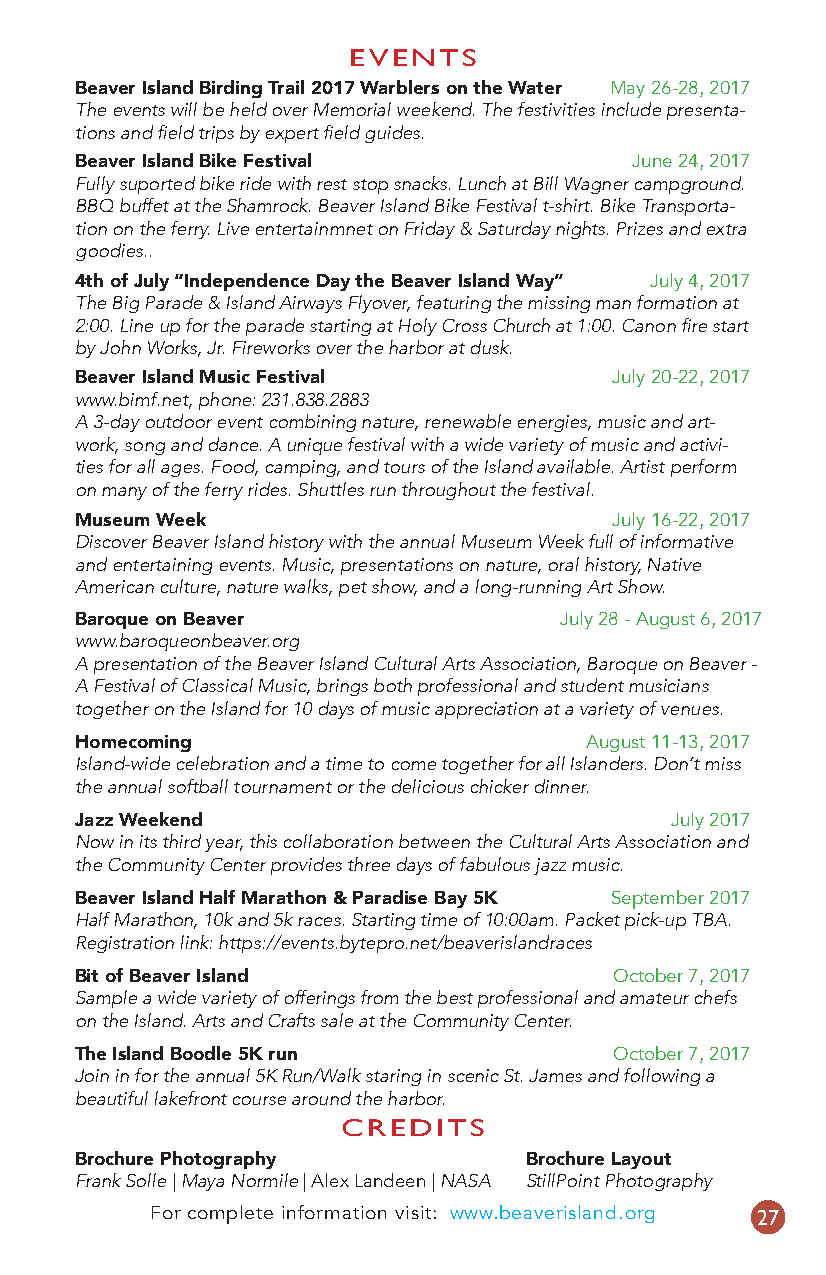
EVENTS
 Beaver Island Birding Trail 2017 Warblers on the Water May 26-28, 2017
 The events will be held over Memorial weekend. The festivities include presenta-
 tions and field trips by expert field guides.
 Beaver Island Bike Festival          June 24, 2017
 Fully suported bike ride with rest stop snacks. Lunch at Bill Wagner campground.
 BBQ buffet at the Shamrock. Beaver Island Bike Festival t-shirt. Bike Transporta-
 tion on the ferry. Live entertainmnet on Friday & Saturday nights. Prizes and extra
 goodies..
 4th of July “Independence Day the Beaver Island Way” July 4, 2017
 The Big Parade & Island Airways Flyover, featuring the missing man formation at
 2:00. Line up for the parade starting at Holy Cross Church at 1:00. Canon fire start
 by John Works, Jr. Fireworks over the harbor at dusk.
 Beaver Island Music Festival        July 20-22, 2017
 www.bimf.net, phone: 231.838.2883
 A 3-day outdoor event combining nature, renewable energies, music and art-
 work, song and dance. A unique festival with a wide variety of music and activi-
 ties for all ages. Food, camping, and tours of the Island available. Artist perform
 on many of the ferry rides. Shuttles run throughout the festival.
 Museum Week                         July 16-22, 2017
 Discover Beaver Island history with the annual Museum Week full of informative
 and entertaining events. Music, presentations on nature, oral history, Native
 American culture, nature walks, pet show, and a long-running Art Show.
 Baroque on Beaver               July 28 - August 6, 2017
 www.baroqueonbeaver.org
 A presentation of the Beaver Island Cultural Arts Association, Baroque on Beaver -
 A Festival of Classical Music, brings both professional and student musicians
 together on the Island for 10 days of music appreciation at a variety of venues.
 Homecoming                        August 11-13, 2017
 Island-wide celebration and a time to come together for all Islanders. Don’t miss
 the annual softball tournament or the delicious chicker dinner.
 Jazz Weekend                            July 2017
 Now in its third year, this collaboration between the Cultural Arts Association and
 the Community Center provides three days of fabulous jazz music.
 Beaver Island Half Marathon & Paradise Bay 5K September 2017
 Half Marathon, 10k and 5k races. Starting time of 10:00am. Packet pick-up TBA.
 Registration link: https://events.bytepro.net/beaverislandraces
 Bit of Beaver Island                October 7, 2017
 Sample a wide variety of offerings from the best professional and amateur chefs
 on the Island. Arts and Crafts sale at the Community Center.
 The Island Boodle 5K run            October 7, 2017
 Join in for the annual 5K Run/Walk staring in scenic St. James and following a
 beautiful lakefront course around the harbor.
 CREDITS
 Brochure Photography          Brochure Layout
 Frank Solle | Maya Normile | Alex Landeen | NASA StillPoint Photography
 For complete information visit: www.beaverisland.org 27
 13449.indd 27                                 4/7/17 9:38 AM